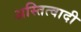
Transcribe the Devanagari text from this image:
अस्तित्वादी